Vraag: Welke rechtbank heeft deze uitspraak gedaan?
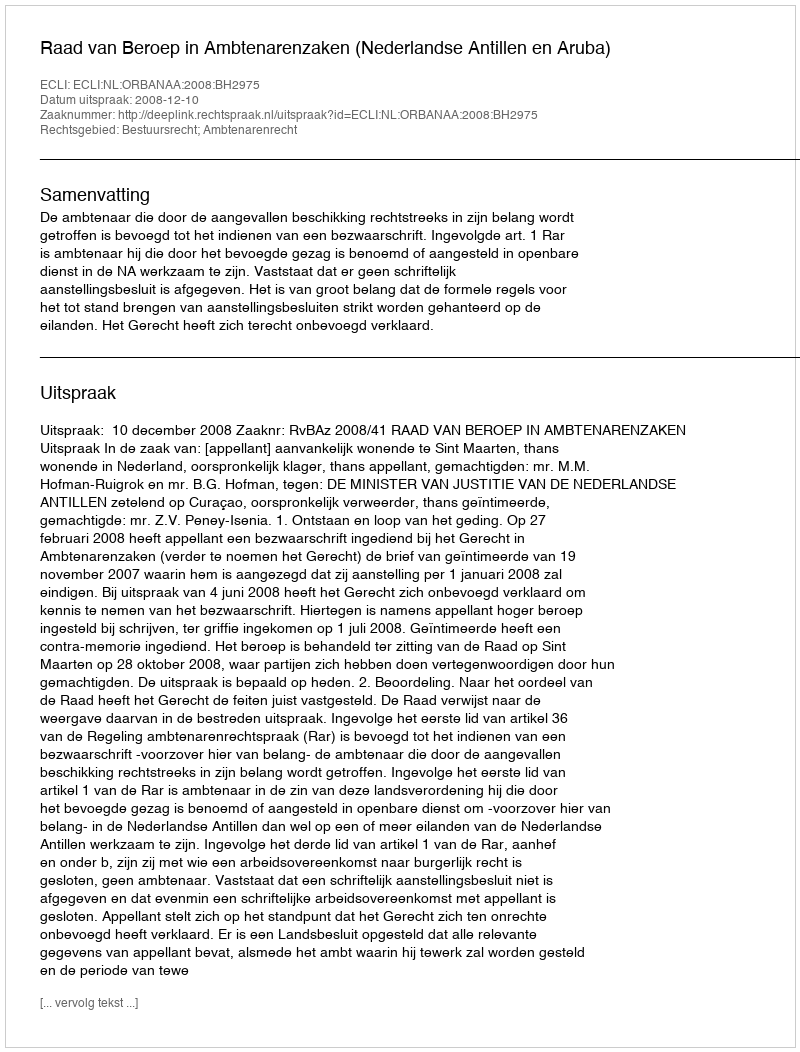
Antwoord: Raad van Beroep in Ambtenarenzaken (Nederlandse Antillen en Aruba)